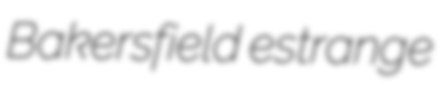
Bakersfield estrange